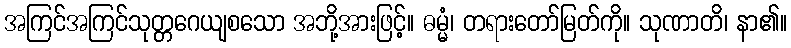
အကြင်အကြင်သုတ္တဂေယျစသော အဘို့အားဖြင့်။ ဓမ္မံ၊ တရားတော်မြတ်ကို။ သုဏာတိ၊ နာ၏။